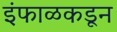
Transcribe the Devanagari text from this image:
इंफाळकडून